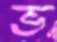
ভ